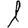
Digit: 1